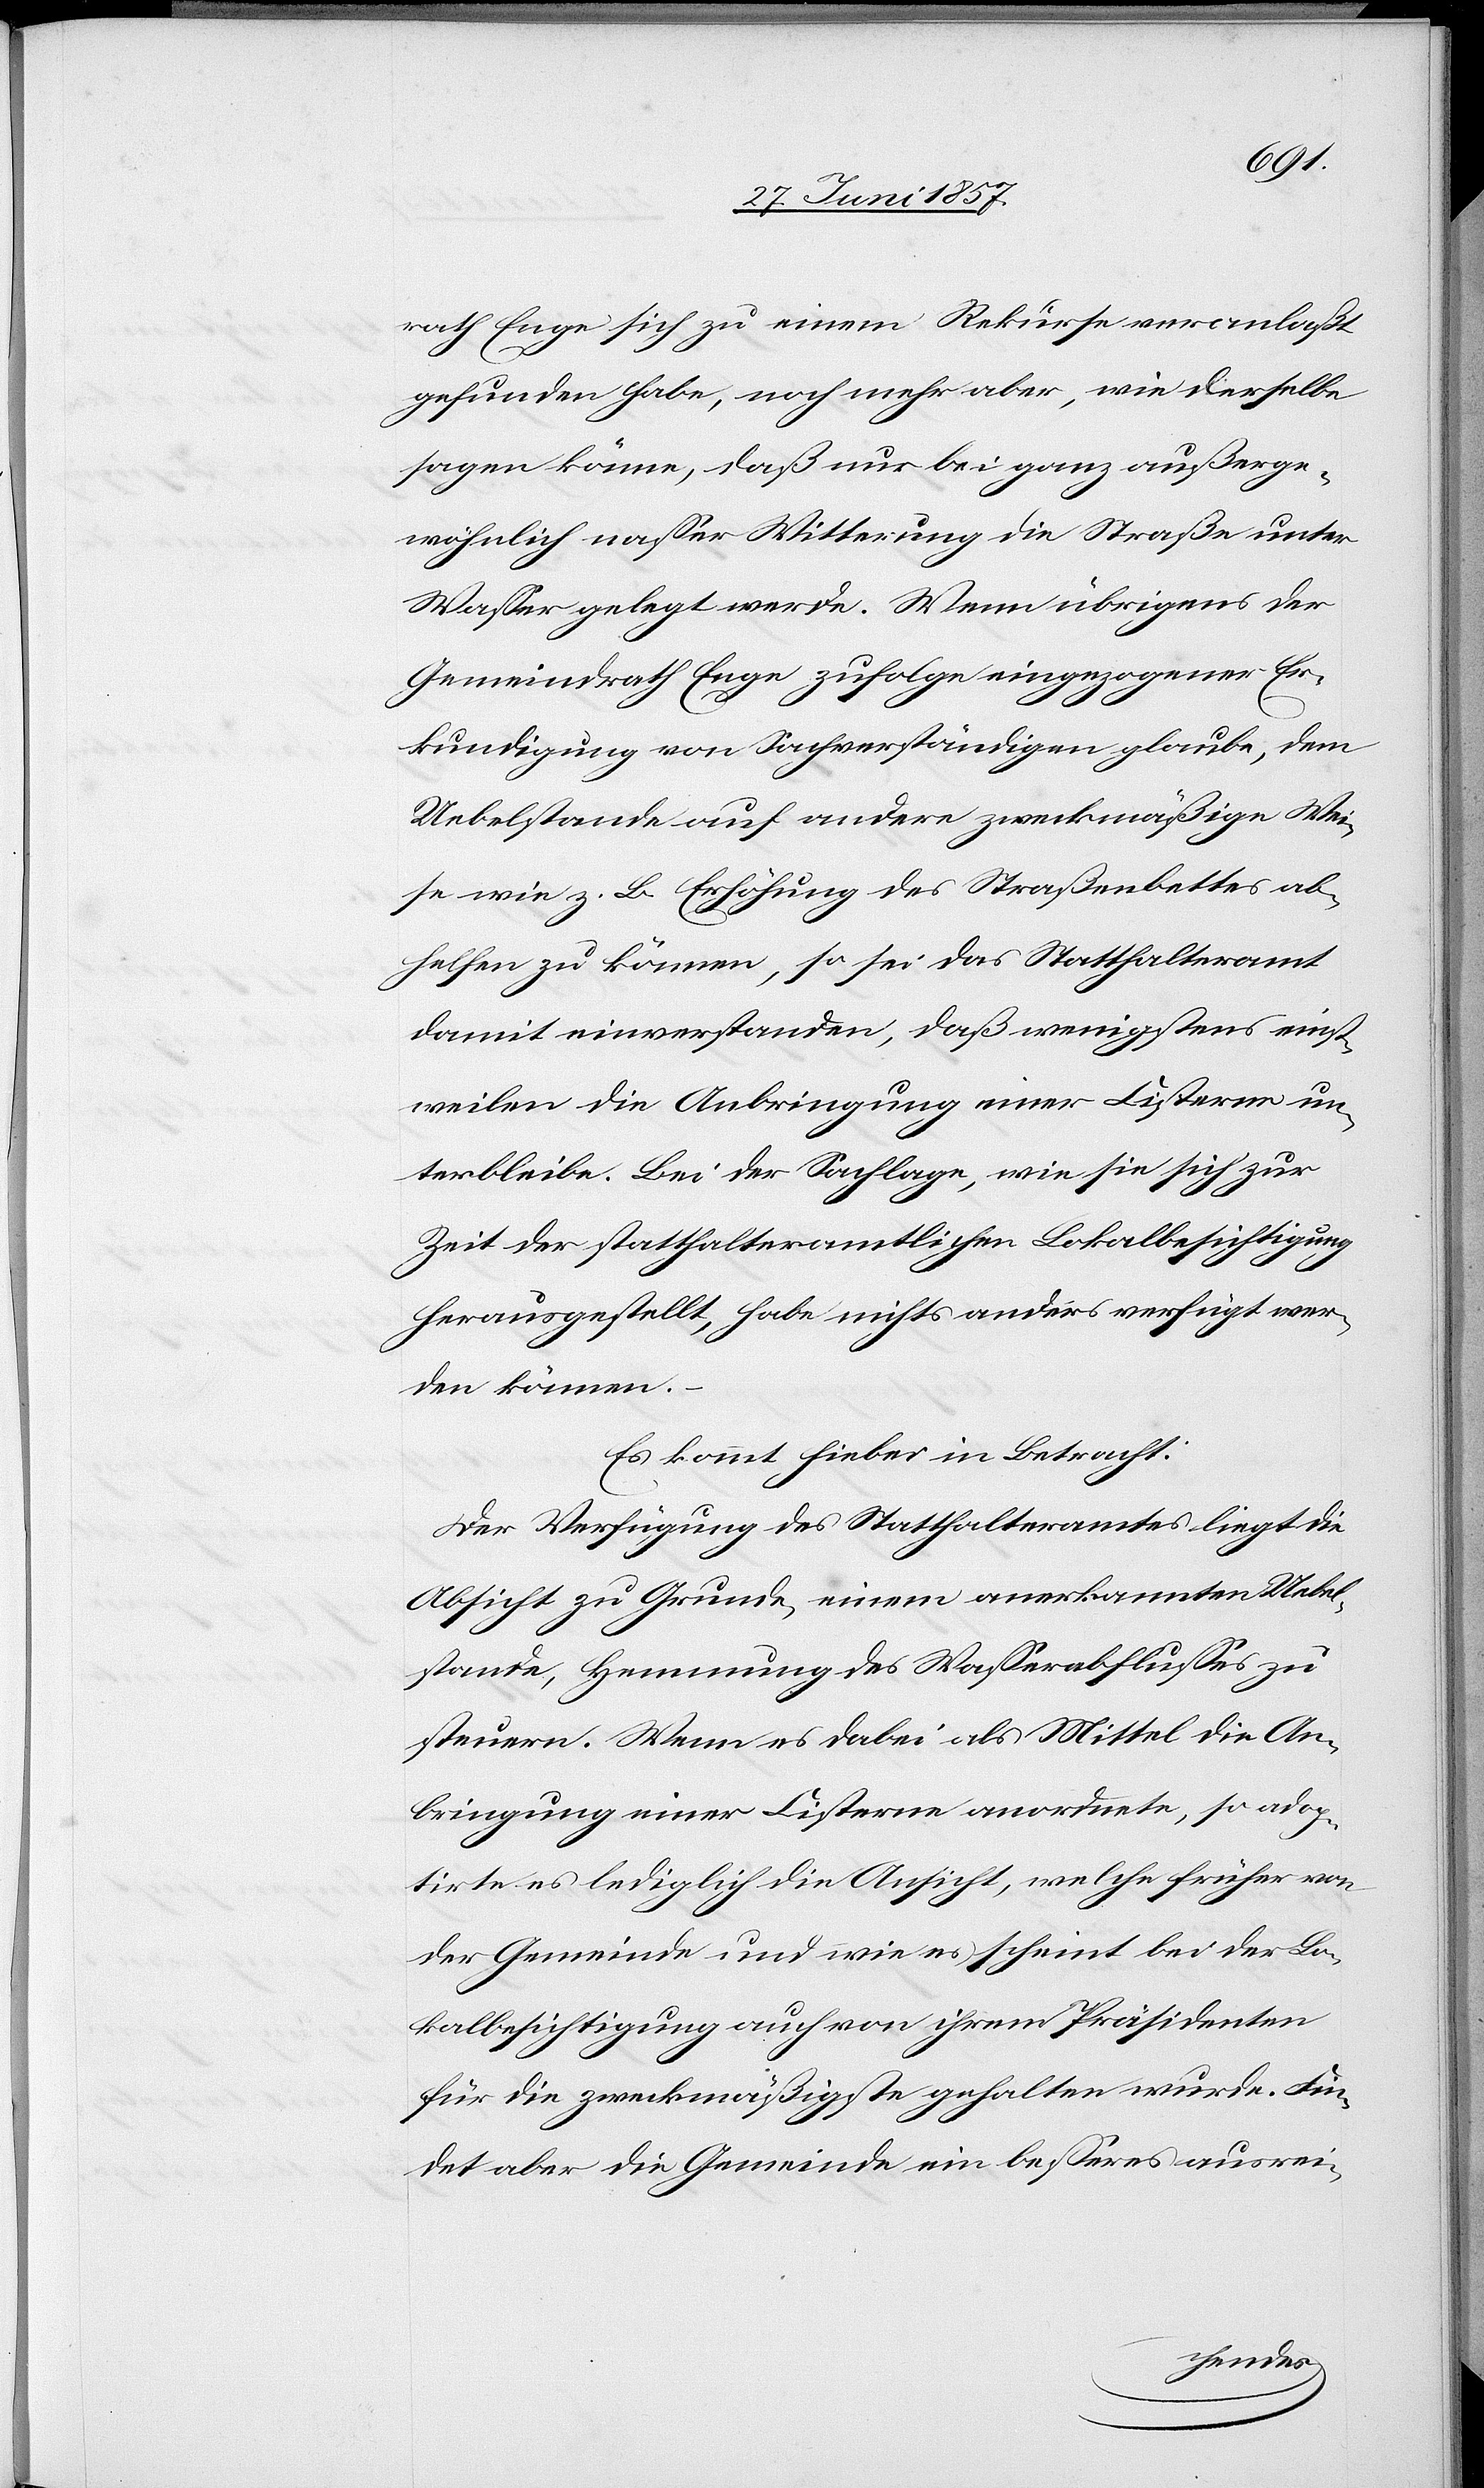
rath Enge sich zu einem Rekurse veranlaßt
gefunden habe, noch mehr aber, wie derselbe
sagen könne, daß nur bei ganz außerge¬
wöhnlich nasser Witterung die Straße unter
Wasser gelegt werde. Wenn übrigens der
Gemeindrath Enge zufolge eingezogener Er¬
kundigung von Sachverständigen glaube, dem
Uebelstande auf andere zweckmäßige Wei¬
se wie z. B. Erhöhung des Straßenbettes ab¬
helfen zu können, so sei das Statthalteramt
damit einverstanden, daß wenigstens einst¬
weilen die Anbringung einer Cisterne un¬
terbleibe. Bei der Sachlage, wie sie sich zur
Zeit der statthalteramtlichen Lokalbesichtigung
herausgestellt, habe nichts anders verfügt wer¬
den können.
Es kommt hiebei in Betracht:
Der Verfügung des Statthalteramtes liegt die
Absicht zu Grunde, einen anerkannten Uebel¬
stande, Hemmung des Wasserabflusses zu
steuern [sic!]. Wenn es dabei als Mittel die An¬
bringung einer Cisterne anordnete, so adop¬
tirte es lediglich die Ansicht, welche früher von
der Gemeinde und wie es scheint bei der Lo¬
kalbesichtigung auch von ihrem Präsidenten
für die zweckmäßigste gehalten wurde. Fin¬
det aber die Gemeinde ein besseres auswei-